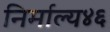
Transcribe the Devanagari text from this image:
निर्माल्य४६